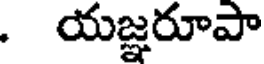
. యజ్ఞరూపా